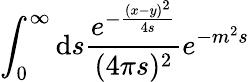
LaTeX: \int_{0}^{\infty}\mathrm{d}s\frac{e^{-\frac{(x-y)^{2}}{4s}}}{(4\pi s)^{2}}e^{-m^{2}s}